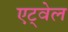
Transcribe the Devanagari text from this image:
एट्वेल